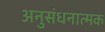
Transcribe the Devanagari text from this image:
अनुसंधनात्मक